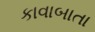
કાવાબાતા